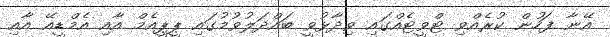
އޭނާ ފަހުން ކުރެއްވި ޓްވީޓެއްގައި ވިދާޅުވީ ބައްދަލުވުމުގައި ޕީޕީއެމް އާއި އެމްޑީއޭ އާއި